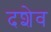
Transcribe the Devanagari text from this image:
दशेव